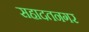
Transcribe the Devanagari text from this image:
सहादतनगर